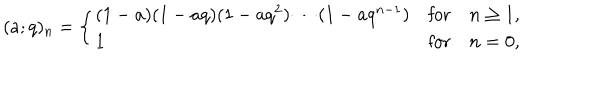
( a ; q ) _ { n } = \left\{ \begin{array} { l l l } { { ( 1 - a ) ( 1 - a q ) ( 1 - a q ^ { 2 } ) \cdots ( 1 - a q ^ { n - 1 } ) } } & { { \mathrm { f o r } } } & { { n \ge 1 , } } \\ { { 1 } } & { { \mathrm { f o r } } } & { { n = 0 , } } \\ \end{array} \right.